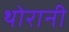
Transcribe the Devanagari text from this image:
थोरानी